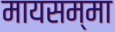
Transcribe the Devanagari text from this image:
मायसम्मा